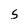
Character: 5